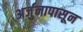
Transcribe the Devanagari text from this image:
अर्जुनापासून